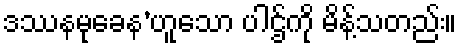
ဒဿနမုခေန’ဟူသော ပါဌ်ကို မိန့်သတည်း။